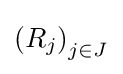
\left(R_{j}\right)_{j\in J}